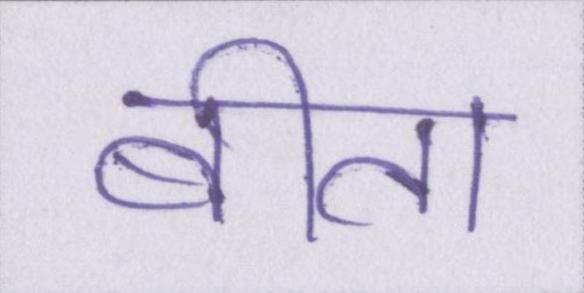
बीता